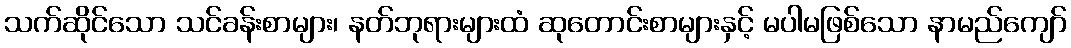
သက်ဆိုင်သော သင်ခန်းစာများ၊ နတ်ဘုရားများထံ ဆုတောင်းစာများနှင့် မပါမဖြစ်သော နာမည်ကျော်